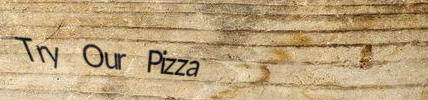
Try Our Pizza